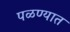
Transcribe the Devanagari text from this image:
पळण्यात